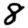
Digit: 8